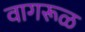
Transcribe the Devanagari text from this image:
वागरूळ